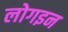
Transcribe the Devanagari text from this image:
लोगइन